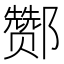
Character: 酂